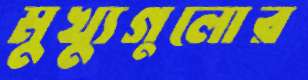
মুখ্যুগুলোর